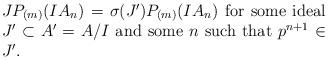
LaTeX: \begin{align*} \begin{minipage}{0.6\linewidth} $JP_{(m)}(IA_n)=\sigma(J')P_{(m)}(IA_n)$ for some ideal $J'\subset A'=A/I$ and some $n$ such that $p^{n+1}\in J'$. \end{minipage}\end{align*}